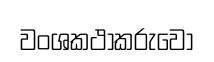
වංශකථාකරුවෝ